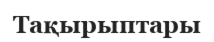
Тақырыптары